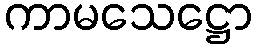
ကာမသေဋ္ဌော